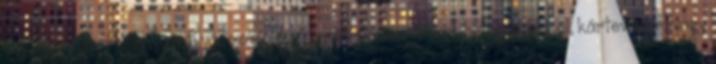
ellenállóbbak a környezeti változásokkal, gyomirtó szerekkel, betegségekkel, kártevőkkel vagy